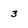
Character: 3